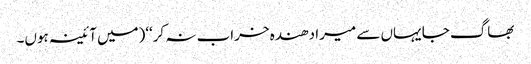
بھاگ جا یہاں سے میرا دھندہ خراب نہ کر‘‘(میں آئینہ ہوں۔